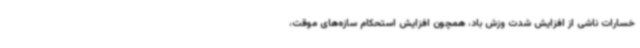
خسارات ناشی از افزایش شدت وزش باد، همچون افزایش استحکام سازه‌های موقت،